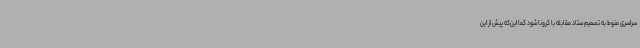
سراسری منوط به تصمیم ستاد مقابله با کرونا شود کما این‌که پیش از این